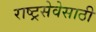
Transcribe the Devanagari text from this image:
राष्ट्रसेवेसाठी